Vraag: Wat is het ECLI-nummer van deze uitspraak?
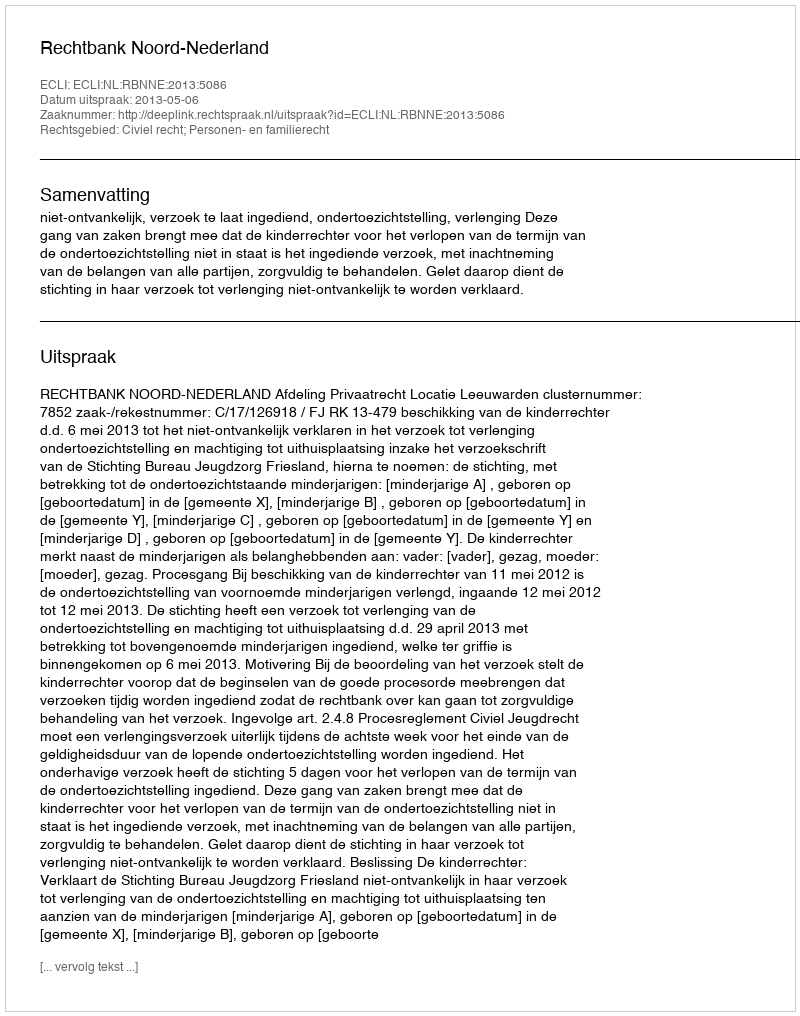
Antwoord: ECLI:NL:RBNNE:2013:5086